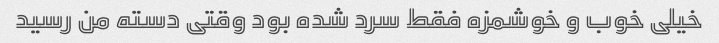
خیلی خوب و خوشمزه فقط سرد شده بود وقتی دسته من رسید